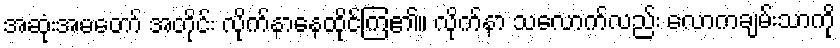
အဆုံးအမတော် အတိုင်း လိုက်နာနေထိုင်ကြ၏။ လိုက်နာ သလောက်လည်း လောကချမ်းသာကို